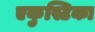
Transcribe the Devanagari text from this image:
एकुस्टिका